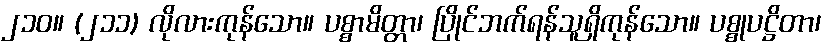
၂၁၀။ (၂၁၁) လိုလားကုန်သော။ ပစ္စာမိတ္တာ၊ ပြိုင်ဘက်ရန်သူရှိကုန်သော။ ပစ္စုပဋ္ဌိတာ၊